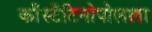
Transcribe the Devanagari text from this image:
काँस्टँटिनोपोलला